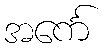
အင်္ကေ